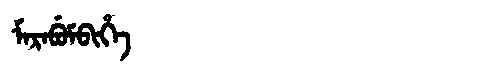
Manchu: ᠮᠠᡵᠠᠪᡠᠮᠪᡳᡥᡝ
Romanization: MARABUMBIHE